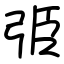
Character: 弫